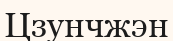
Цзунчжэн